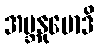
အဗ္ဘနုမောဒိ